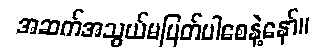
အဆက်အသွယ်မပြတ်ပါစေနဲ့နော်။